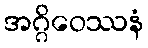
အဂ္ဂိဝေဿနံ